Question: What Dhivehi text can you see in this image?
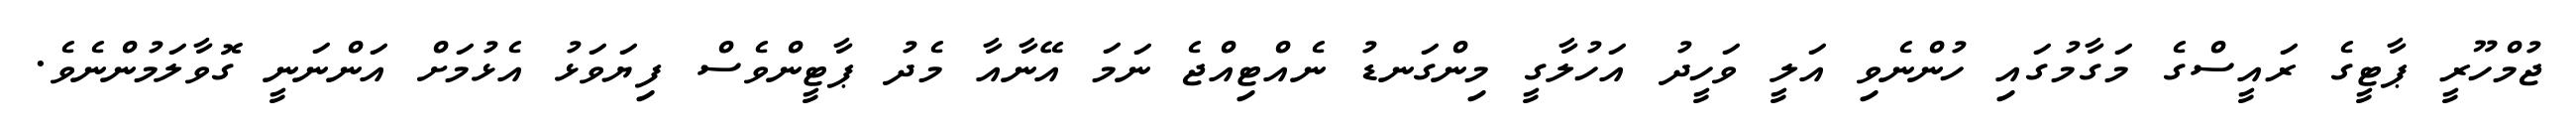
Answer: ޖުމްހޫރީ ޕާޓީގެ ރައީސްގެ މަގާމުގައި ހުންނެވި އަލީ ވަހީދު އަހުލާގީ މިންގަނޑު ނެއްޓިއްޖެ ނަމަ އޭނާއާ މެދު ޕާޓީންވެސް ފިޔަވަޅު އެޅުމަށް އަންނަނީ ގޮވާލަމުންނެވެ.